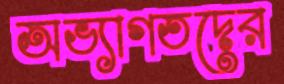
অভ্যাগতদের